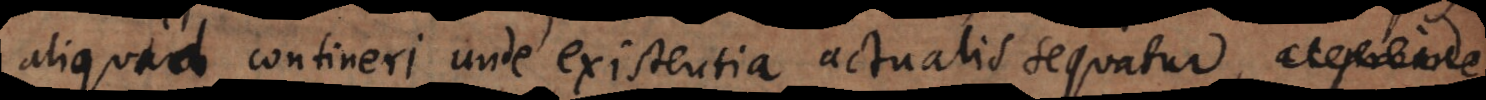
aliquid contineri unde existentia actualis sequatur, ac